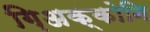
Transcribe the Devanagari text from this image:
ग़िअक्कोनि